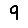
Digit: 9